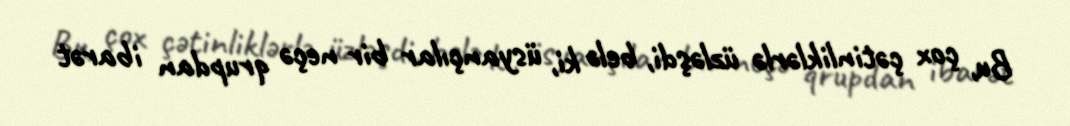
Bu, çox çətinliklərlə üzləşdi, belə ki, üsyançılar bir neçə qrupdan ibarət